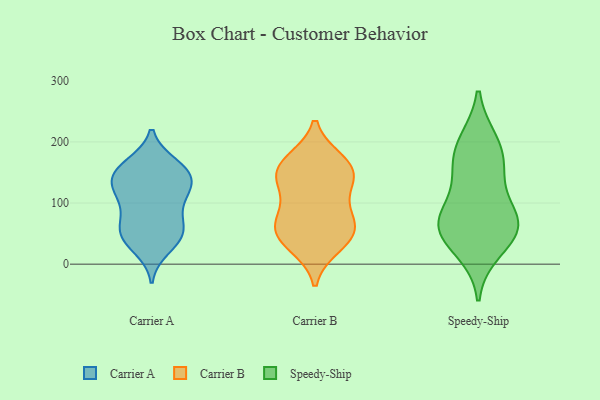
{"axis": {"x": "Net Income (USD K)", "y": "Value"}, "legend": ["Carrier A", "Carrier B", "Speedy-Ship"], "data": [{"x": "", "y": 150, "type": "Carrier A"}, {"x": "", "y": 163, "type": "Carrier A"}, {"x": "", "y": 43, "type": "Carrier A"}, {"x": "", "y": 127, "type": "Carrier A"}, {"x": "", "y": 144, "type": "Carrier A"}, {"x": "", "y": 105, "type": "Carrier A"}, {"x": "", "y": 108, "type": "Carrier A"}, {"x": "", "y": 162, "type": "Carrier A"}, {"x": "", "y": 26, "type": "Carrier A"}, {"x": "", "y": 151, "type": "Carrier A"}, {"x": "", "y": 67, "type": "Carrier A"}, {"x": "", "y": 80, "type": "Carrier A"}, {"x": "", "y": 45, "type": "Carrier A"}, {"x": "", "y": 133, "type": "Carrier A"}, {"x": "", "y": 54, "type": "Carrier A"}, {"x": "", "y": 122, "type": "Carrier A"}, {"x": "", "y": 49, "type": "Carrier A"}, {"x": "", "y": 128, "type": "Carrier B"}, {"x": "", "y": 155, "type": "Carrier B"}, {"x": "", "y": 30, "type": "Carrier B"}, {"x": "", "y": 62, "type": "Carrier B"}, {"x": "", "y": 167, "type": "Carrier B"}, {"x": "", "y": 169, "type": "Carrier B"}, {"x": "", "y": 146, "type": "Carrier B"}, {"x": "", "y": 69, "type": "Carrier B"}, {"x": "", "y": 39, "type": "Carrier B"}, {"x": "", "y": 97, "type": "Carrier B"}, {"x": "", "y": 67, "type": "Carrier B"}, {"x": "", "y": 141, "type": "Carrier B"}, {"x": "", "y": 47, "type": "Carrier B"}, {"x": "", "y": 157, "type": "Speedy-Ship"}, {"x": "", "y": 62, "type": "Speedy-Ship"}, {"x": "", "y": 24, "type": "Speedy-Ship"}, {"x": "", "y": 199, "type": "Speedy-Ship"}, {"x": "", "y": 70, "type": "Speedy-Ship"}, {"x": "", "y": 77, "type": "Speedy-Ship"}, {"x": "", "y": 63, "type": "Speedy-Ship"}, {"x": "", "y": 191, "type": "Speedy-Ship"}, {"x": "", "y": 57, "type": "Speedy-Ship"}, {"x": "", "y": 144, "type": "Speedy-Ship"}]}